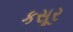
કસૂર